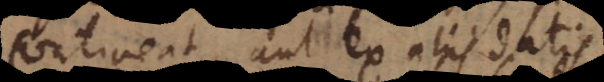
contineat, aut ex aliis datis